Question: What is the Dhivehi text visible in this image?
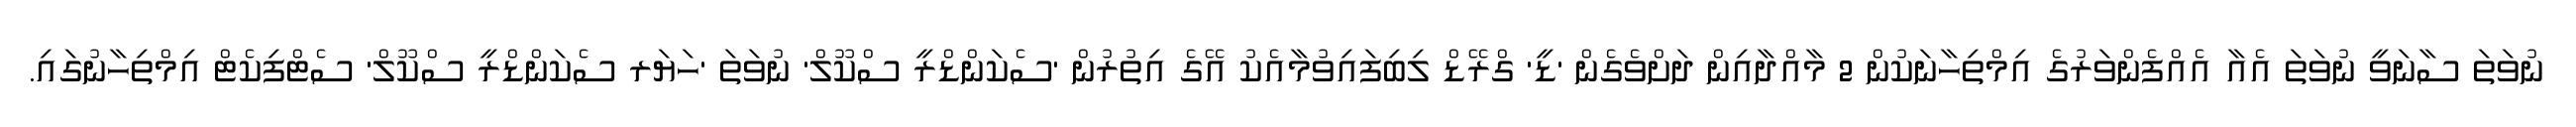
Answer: ނުވަތަ ސާނަވީ ނުވަތަ އެއާ އެއްފެންވަރުގެ އިމްތިހާނަކުން 2 މާއްދާއިން ދަށްވެގެން 'ޑީ' ގްރޭޑް ލިބިފައިވުމާއެކު އޭގެ އިތުރުން 'ސެކަންޑްރީ ސްކޫލް' ނުވަތަ 'ހަޔަރ ސެކަންޑްރީ ސްކޫލް' ސެޓްފިކެޓް އިމްތިހާނުގައި.